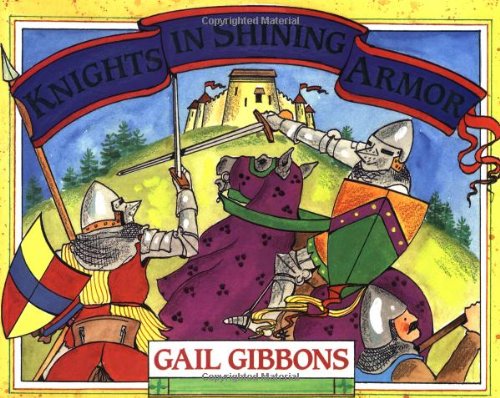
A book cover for Knights in Shining Armor; Gail Gibbons; Children's Books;